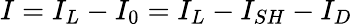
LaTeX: I=I_{L}-I_{0}=I_{L}-I_{SH}-I_{D}